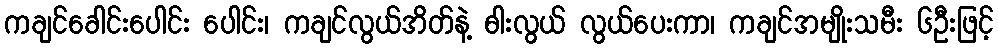
ကချင်ခေါင်းပေါင်း ပေါင်း၊ ကချင်လွယ်အိတ်နဲ့ ဓါးလွယ် လွယ်ပေးကာ၊ ကချင်အမျိုးသမီး ၆ဦးဖြင့်